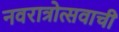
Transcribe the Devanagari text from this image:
नवरात्रोत्सवाची